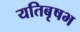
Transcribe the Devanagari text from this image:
यतिबृषभ